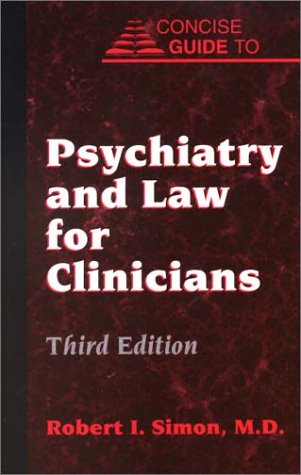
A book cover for Psychiatry and Law for Clinicians (Concise Guides); Robert I. Simon; Law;